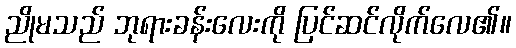
ညိုမသည် ဘုရားခန်းလေးကို ပြင်ဆင်လိုက်လေ၏။